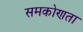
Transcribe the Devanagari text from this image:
समकोणता